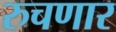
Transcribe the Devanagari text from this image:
रुचणार